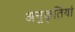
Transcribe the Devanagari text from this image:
अनुकृतियां